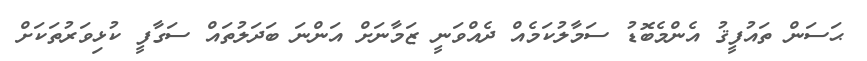
ޙަސަން ތައުފީޤު އެންމެބޮޑު ސަމާލުކަމެއް ދެއްވަނީ ޒަމާނަށް އަންނަ ބަދަލުތައް ސަގާފީ ކުޅިވަރުތަކަށް